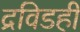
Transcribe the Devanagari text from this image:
द्रविडही